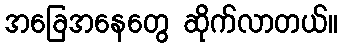
အခြေအနေတွေ ဆိုက်လာတယ်။